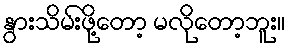
နွားသိမ်းဖို့တော့ မလိုတော့ဘူး။